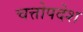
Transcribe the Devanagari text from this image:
चत्तोपदेश